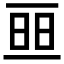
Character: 𠄵